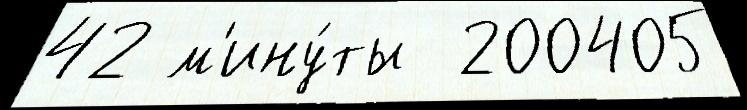
42 м'ину́ты  200405